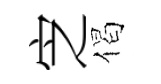
㝎偈